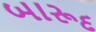
બારૂદ